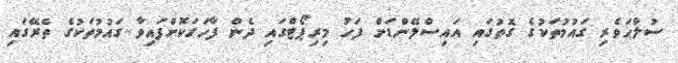
ސުލްޙަވެރި ގައުމުތަކުގެ ގޮތުގައި އައިސްލޭންޑަށް ފަހު މިރިޕޯޓްގައި ދެން ފާހަގަކޮށްފައިވާ ގައުމުތަކުގެ ތެރޭގައި